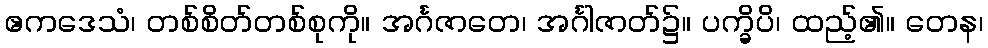
ဧကဒေသံ၊ တစ်စိတ်တစ်စုကို။ အင်္ဂဇာတေ၊ အင်္ဂါဇာတ်၌။ ပက္ခိပိ၊ ထည့်၏။ တေန၊